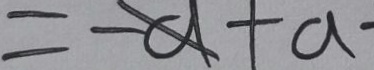
= - a + a -